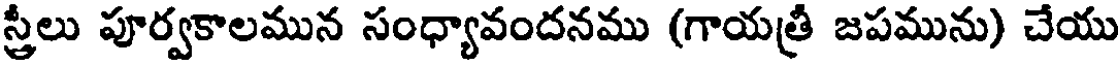
స్త్రీలు పూర్వకాలమున సంధ్యావందనము (గాయత్రీ జపమును) చేయు